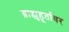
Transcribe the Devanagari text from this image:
ब्राह्मुहूर्तावर